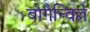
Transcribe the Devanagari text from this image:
बौगैन्विल्ले